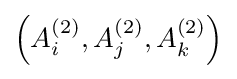
\left(A_{i}^{(2)},A_{j}^{(2)},A_{k}^{(2)}\right)